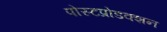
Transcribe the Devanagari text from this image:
पोस्टप्रोडक्शन